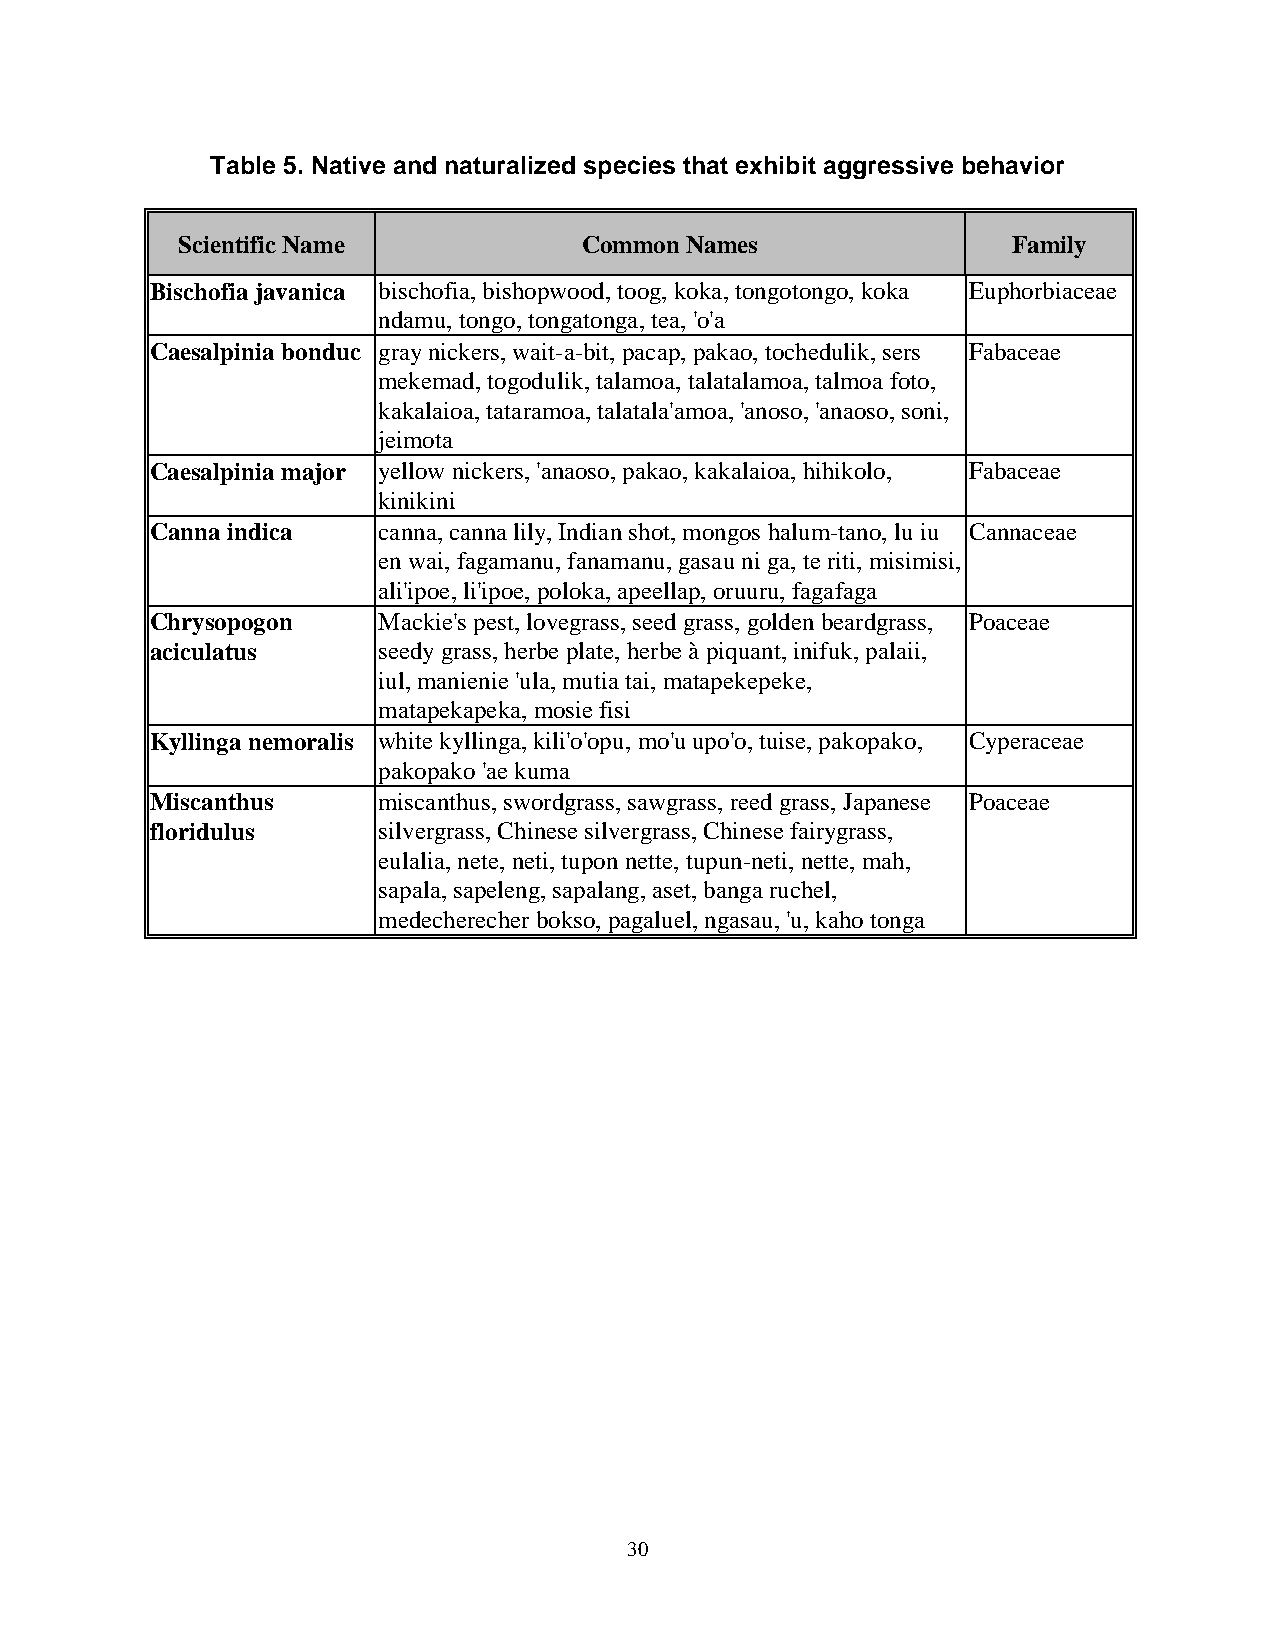
Table 5. Native and naturalized species that exhibit aggressive behavior
 Scientific Name            Common Names                Family
 Bischofia javanica bischofia, bishopwood, toog, koka, tongotongo, koka Euphorbiaceae
 ndamu, tongo, tongatonga, tea, 'o'a
 Caesalpinia bonduc gray nickers, wait-a-bit, pacap, pakao, tochedulik, sers Fabaceae
 mekemad, togodulik, talamoa, talatalamoa, talmoa foto,
 kakalaioa, tataramoa, talatala'amoa, 'anoso, 'anaoso, soni,
 jeimota
 Caesalpinia major yellow nickers, 'anaoso, pakao, kakalaioa, hihikolo, Fabaceae
 kinikini
 Canna indica   canna, canna lily, Indian shot, mongos halum-tano, lu iu Cannaceae
 en wai, fagamanu, fanamanu, gasau ni ga, te riti, misimisi,
 ali'ipoe, li'ipoe, poloka, apeellap, oruuru, fagafaga
 Chrysopogon    Mackie's pest, lovegrass, seed grass, golden beardgrass, Poaceae
 aciculatus     seedy grass, herbe plate, herbe à piquant, inifuk, palaii,
 iul, manienie 'ula, mutia tai, matapekepeke,
 matapekapeka, mosie fisi
 Kyllinga nemoralis white kyllinga, kili'o'opu, mo'u upo'o, tuise, pakopako, Cyperaceae
 pakopako 'ae kuma
 Miscanthus     miscanthus, swordgrass, sawgrass, reed grass, Japanese Poaceae
 floridulus     silvergrass, Chinese silvergrass, Chinese fairygrass,
 eulalia, nete, neti, tupon nette, tupun-neti, nette, mah,
 sapala, sapeleng, sapalang, aset, banga ruchel,
 medecherecher bokso, pagaluel, ngasau, 'u, kaho tonga
 30